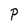
Character: P